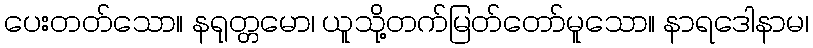
ပေးတတ်သော။ နရုတ္တမော၊ ယူသို့တက်မြတ်တော်မူသော။ နာရဒေါနာမ၊